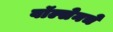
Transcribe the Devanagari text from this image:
वॉल्सेनचे